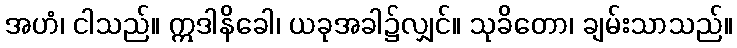
အဟံ၊ ငါသည်။ ဣဒါနိခေါ၊ ယခုအခါ၌လျှင်။ သုခိတော၊ ချမ်းသာသည်။